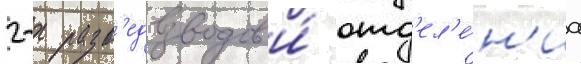
2-х разв'едвзводов и́ отд'ел'е́н'иа